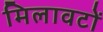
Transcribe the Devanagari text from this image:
मिलावटों